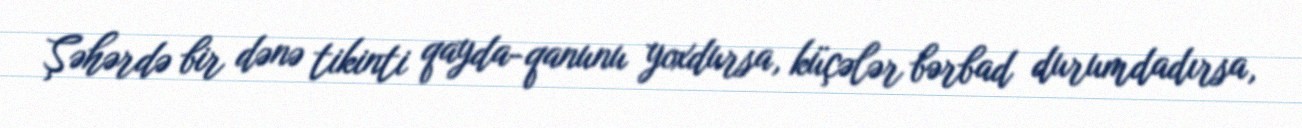
Şəhərdə bir dənə tikinti qayda-qanunu yoxdursa, küçələr bərbad durumdadırsa,